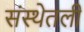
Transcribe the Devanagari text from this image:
संस्थेतली